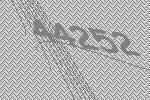
44252